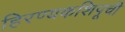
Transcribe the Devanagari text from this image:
हिरण्यकशिपूची